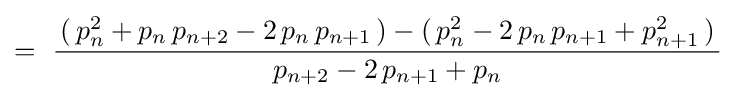
=~{\frac {\,(\,p_{n}^{2}+p_{n}\,p_{n+2}-2\,p_{n}\,p_{n+1}\,)-(\,p_{n}^{2}-2\,p_{n}\,p_{n+1}+p_{n+1}^{2}\,)\,}{\,p_{n+2}-2\,p_{n+1}+p_{n}\,}}